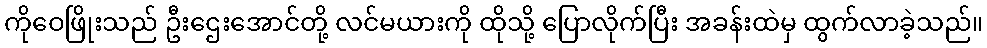
ကိုဝေဖြိုးသည် ဦးဌေးအောင်တို့ လင်မယားကို ထိုသို့ ပြောလိုက်ပြီး အခန်းထဲမှ ထွက်လာခဲ့သည်။